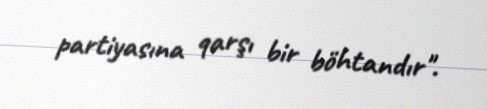
partiyasına qarşı bir böhtandır".